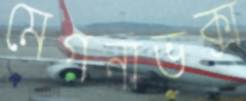
মেগনাভক্স